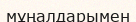
мұңалдарымен